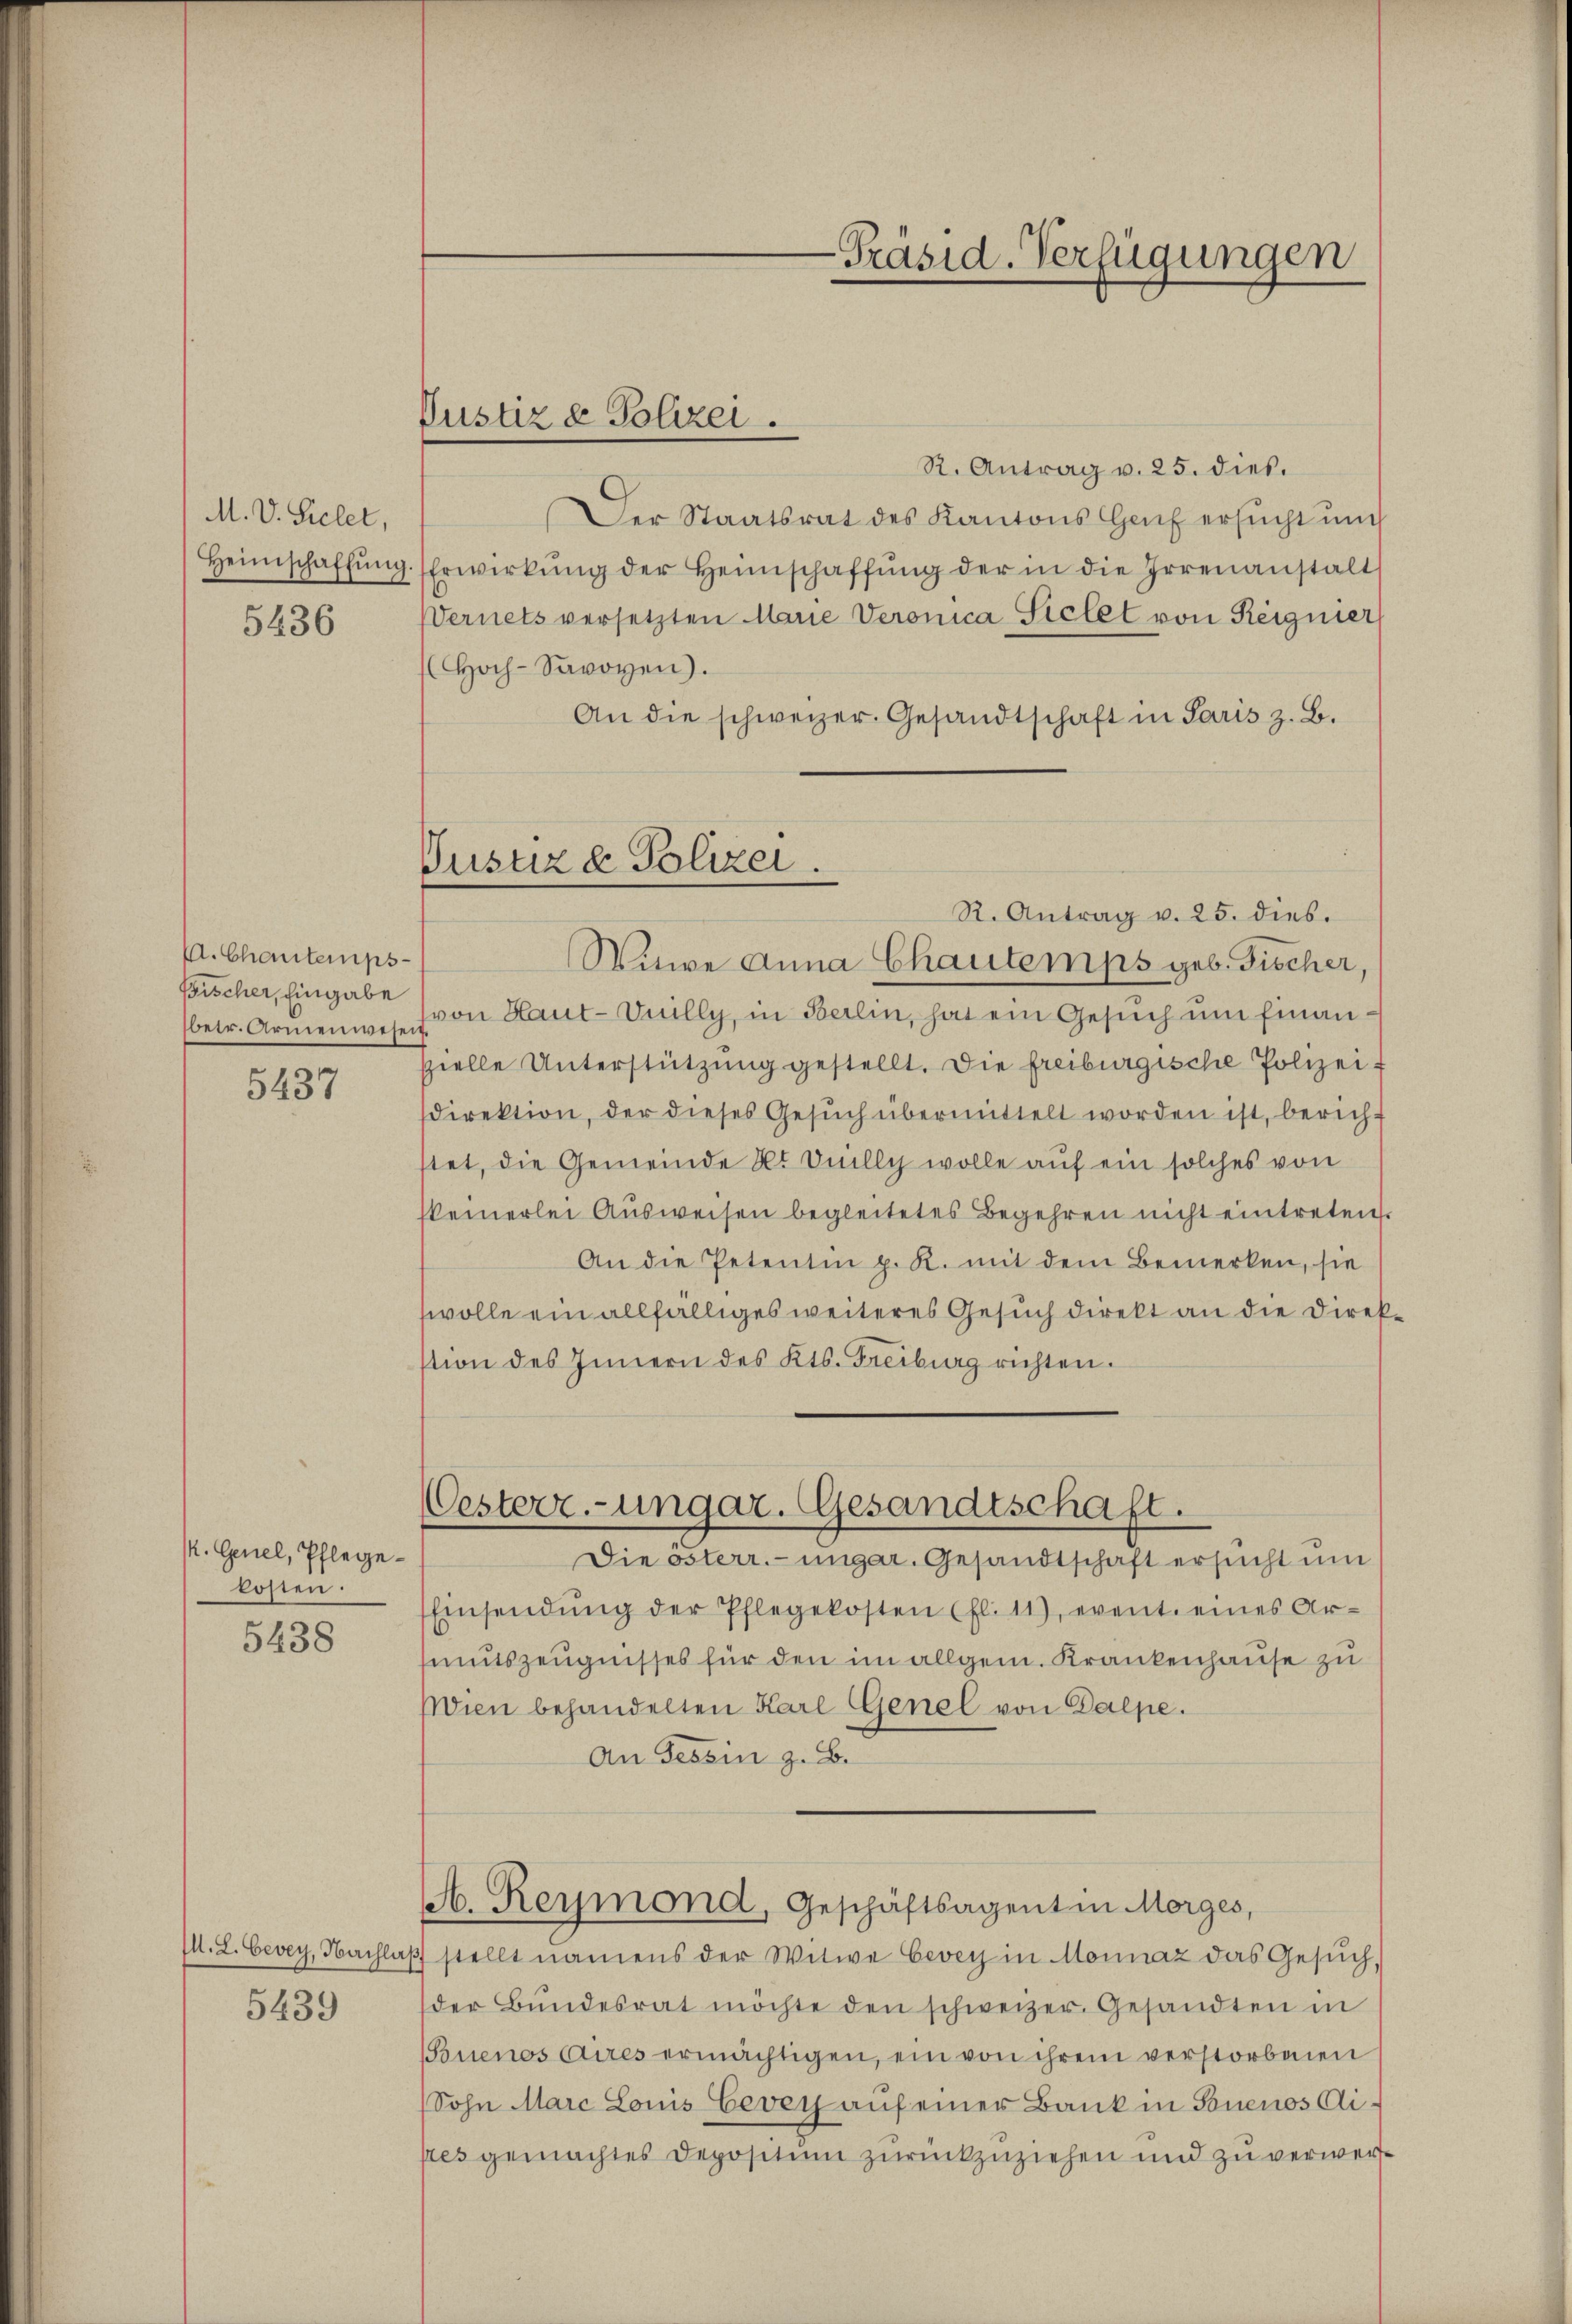
M. V. Sielet,
Heimschaffŭng.
5436

A. Chantemps
Fischer, Eingabe

5437

M. Genel, Pflegelosten.
5438

5439

Pustiz & Polizei.

Pustiz & Polizei

-Präsid. Verfügungen

R. Antrag v. 25. dies.
Der Staatsrat des Kantons Genf ersucht und
Erwirkŭng der Heimschaffŭng der in die Irrenanstalt
Vernets versetzten Marie Veronica Sichet von Reignier
Hoch-Savoyen).
An die schweizer. Gesandtschaft in Paris z. B.
R. Antrag v. 25. dies.
Wine Anna Chautemps geb. Fischer,
Petr. Armenwes von Haut-Unilly, in Berlin, hat ein Gesŭch ŭm finanspielle Unterstützŭng gestellt. Die freiburgische Polizei-
sdirektion, der dieses Gesŭch übermittelt worden ist, berichstet, die Gemeinde K. Oeilly wolle auf ein solches von
keinerlei Aŭsweisen begleitetes Begehren nicht eintreten.
An die Petentin p. R. mit dem Bemerken, sie
wolle ein allfälliges weiteres Gesuch direkt an die Direk
stion des Innern des Kts. Freiburg richten.
Oesterr.-ungar. Gesandtschaft.
Die österr.-ungar. Gesandtschaft ersucht um
Einsendŭng der Pflegekosten (fl. 11), event. eines Ar-
mutszeugnisses für den im allgem. Krankenhause zu
WWien behandelten Karl Genel von Dalpe.
An Tessin z. B.
A. Reymond, Geschäftsagentin Morges,
M. L. Cevey, Nachlaβ stellt namens der Witwe Cevey in Monnaz das Gesŭch,
der Bŭndesrat möchte den schweizer Gesandten in
Souenos Aires ermächtigen, ein von ihrem verstorbenen
(Sohn Marc Louis Eevey auf einer Bank in Buenos Aistes gemachtes Depositum zurückzuziehen und zu verwer¬